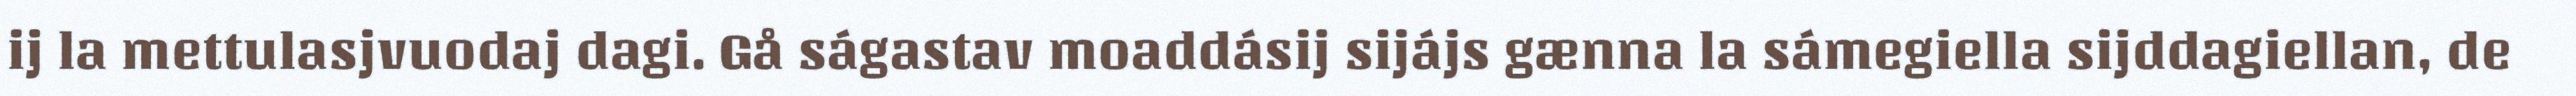
ij la mettulasjvuodaj dagi. Gå ságastav moaddásij sijájs gænna la sámegiella sijddagiellan, de